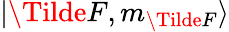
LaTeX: \lvert\Tilde{F},m_{\Tilde{F}}\rangle